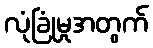
လုံခြုံမှုအတွက်